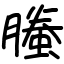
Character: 螣